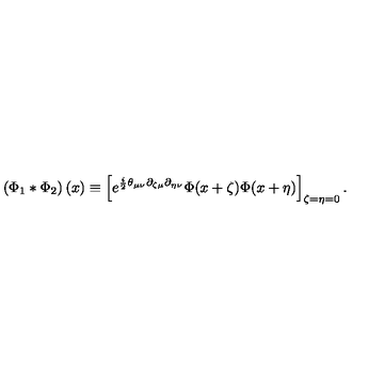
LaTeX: \left( \Phi _ { 1 } * \Phi _ { 2 } \right) ( x ) \equiv \left[ e ^ { \frac { i } { 2 } \theta _ { \mu \nu } \partial _ { \zeta \mu } \partial _ { \eta \nu } } \Phi ( x + \zeta ) \Phi ( x + \eta ) \right] _ { \zeta = \eta = 0 } .